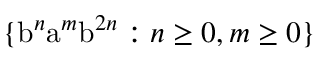
\{ { \mathrm { b } } ^ { n } { \mathrm { a } } ^ { m } { \mathrm { b } } ^ { 2 n } : n \geq 0 , m \geq 0 \}